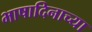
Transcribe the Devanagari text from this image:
भाषादिनाच्या